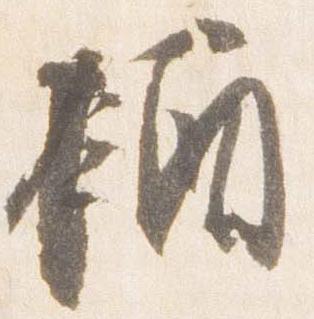
酒